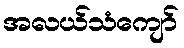
အလယ်သံကျော်